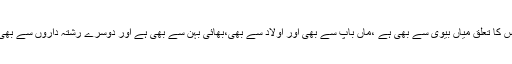
اس کا تعلق میاں بیوی سے بھی ہے ،ماں باپ سے بھی اور اولاد سے بھی،بھائی بہن سے بھی ہے اور دوسرے رشتہ داروں سے بھی۔